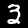
Label: 3